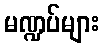
မဏ္ဍပ်များ